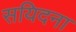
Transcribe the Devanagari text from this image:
सयिदना